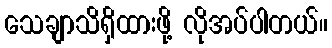
သေချာသိရှိထားဖို့ လိုအပ်ပါတယ်။